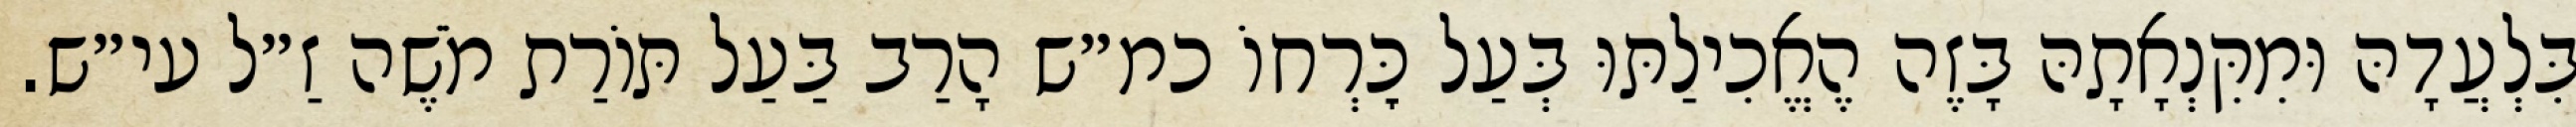
בִּלְעֲדָהּ וּמִקִּנְאָתָהּ בָּזֶה הֶאֱכִילַתּוּ בְּעַל כׇּרְחוֹ כמ״ש הָרַב בַּעַל תּוֹרַת מֹשֶׁה זַ״ל עי״ש.